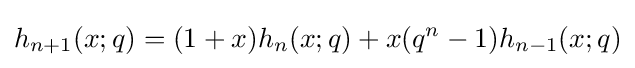
h_{n+1}(x;q)=(1+x)h_{n}(x;q)+x(q^{n}-1)h_{n-1}(x;q)